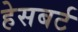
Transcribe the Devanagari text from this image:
हेसबर्ट